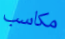
مكاسب